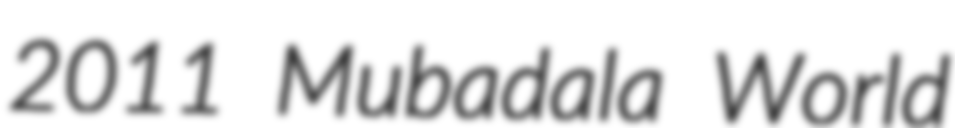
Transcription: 2011 Mubadala World